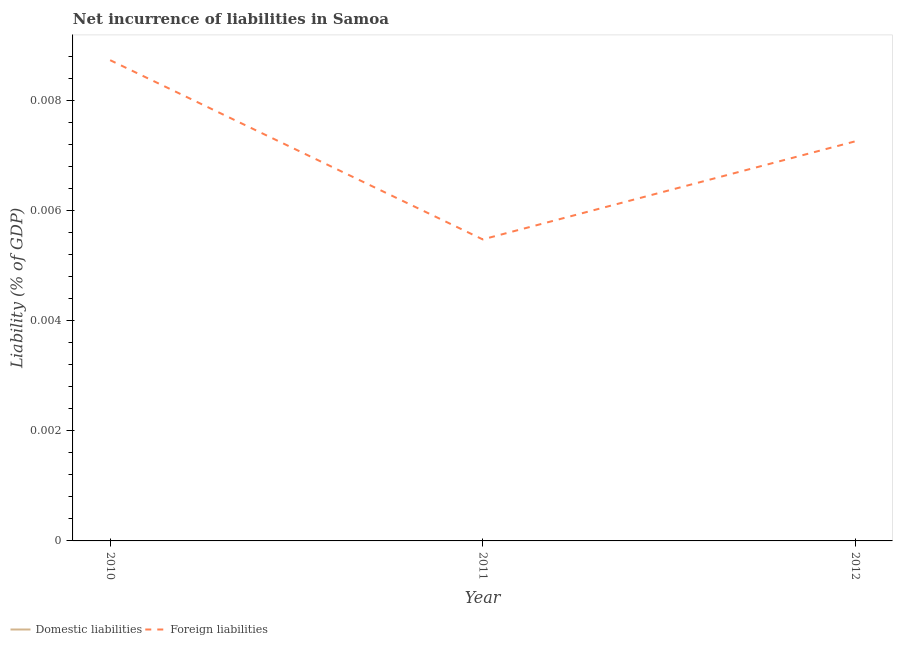
| Year | Domestic liabilities | Foreign liabilities |
 | --- | --- | --- |
 | 2010 | -0.000307 | 0.00873 |
 | 2011 | -0.000461 | 0.00548 |
 | 2012 | -0.000388 | 0.00726 |